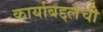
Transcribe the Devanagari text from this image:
कार्याबद्दलची